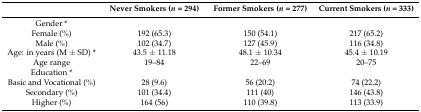
|  | Never Smokers (n = 294) | Former Smokers (n = 277) | Current Smokers (n = 333) |
 | --- | --- | --- | --- |
 | Gender * |  |  |  |
 | Female (%) | 192 (65.3) | 150 (54.1) | 217 (65.2) |
 | Male (%) | 102 (34.7) | 127 (45.9) | 116 (34.8) |
 | Age: in years (M ± SD) * | 43.5 ± 11.18 | 48.1 ± 10.34 | 45.4 ± 10.19 |
 | Age range | 19–84 | 22–69 | 20–75 |
 | Education * |  |  |  |
 | Basic and Vocational (%) | 28 (9.6) | 56 (20.2) | 74 (22.2) |
 | Secondary (%) | 101 (34.4) | 111 (40) | 146 (43.8) |
 | Higher (%) | 164 (56) | 110 (39.8) | 113 (33.9) |